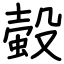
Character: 𧏚